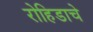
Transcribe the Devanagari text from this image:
रोहिडाचे